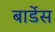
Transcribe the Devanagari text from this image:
बार्डेस